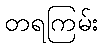
တရကြမ်း